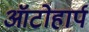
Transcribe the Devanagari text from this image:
ऑटोहार्प